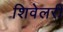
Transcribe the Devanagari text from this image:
शिवेलरी